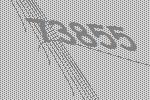
73855